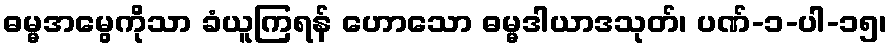
ဓမ္မအမွေကိုသာ ခံယူကြရန် ဟောသော ဓမ္မဒါယာဒသုတ်၊ ပဏ်-၁-ပါ-၁၅၊